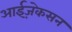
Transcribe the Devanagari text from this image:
आईज़ेकसन